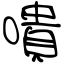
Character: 嘳